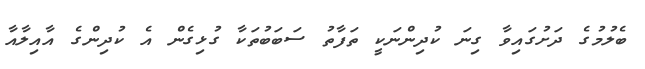
ބެލުމުގެ ދަށުގައިވާ ގިނަ ކުދިންނަކީ ތަފާތު ސަބަބުތަކާ ގުޅިގެން އެ ކުދިންގެ އާއިލާއާ